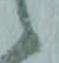
候